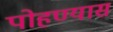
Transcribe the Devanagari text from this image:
पोहण्यास